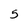
Character: 5